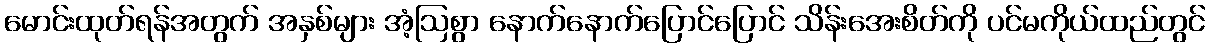
မောင်းထုတ်ရန်အတွက် အနှစ်များ အံ့ဩစွာ နောက်နောက်ပြောင်ပြောင် သိန်းအေးစိတ်ကို ပင်မကိုယ်ထည်တွင်